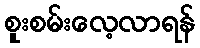
စူးစမ်းလေ့လာရန်